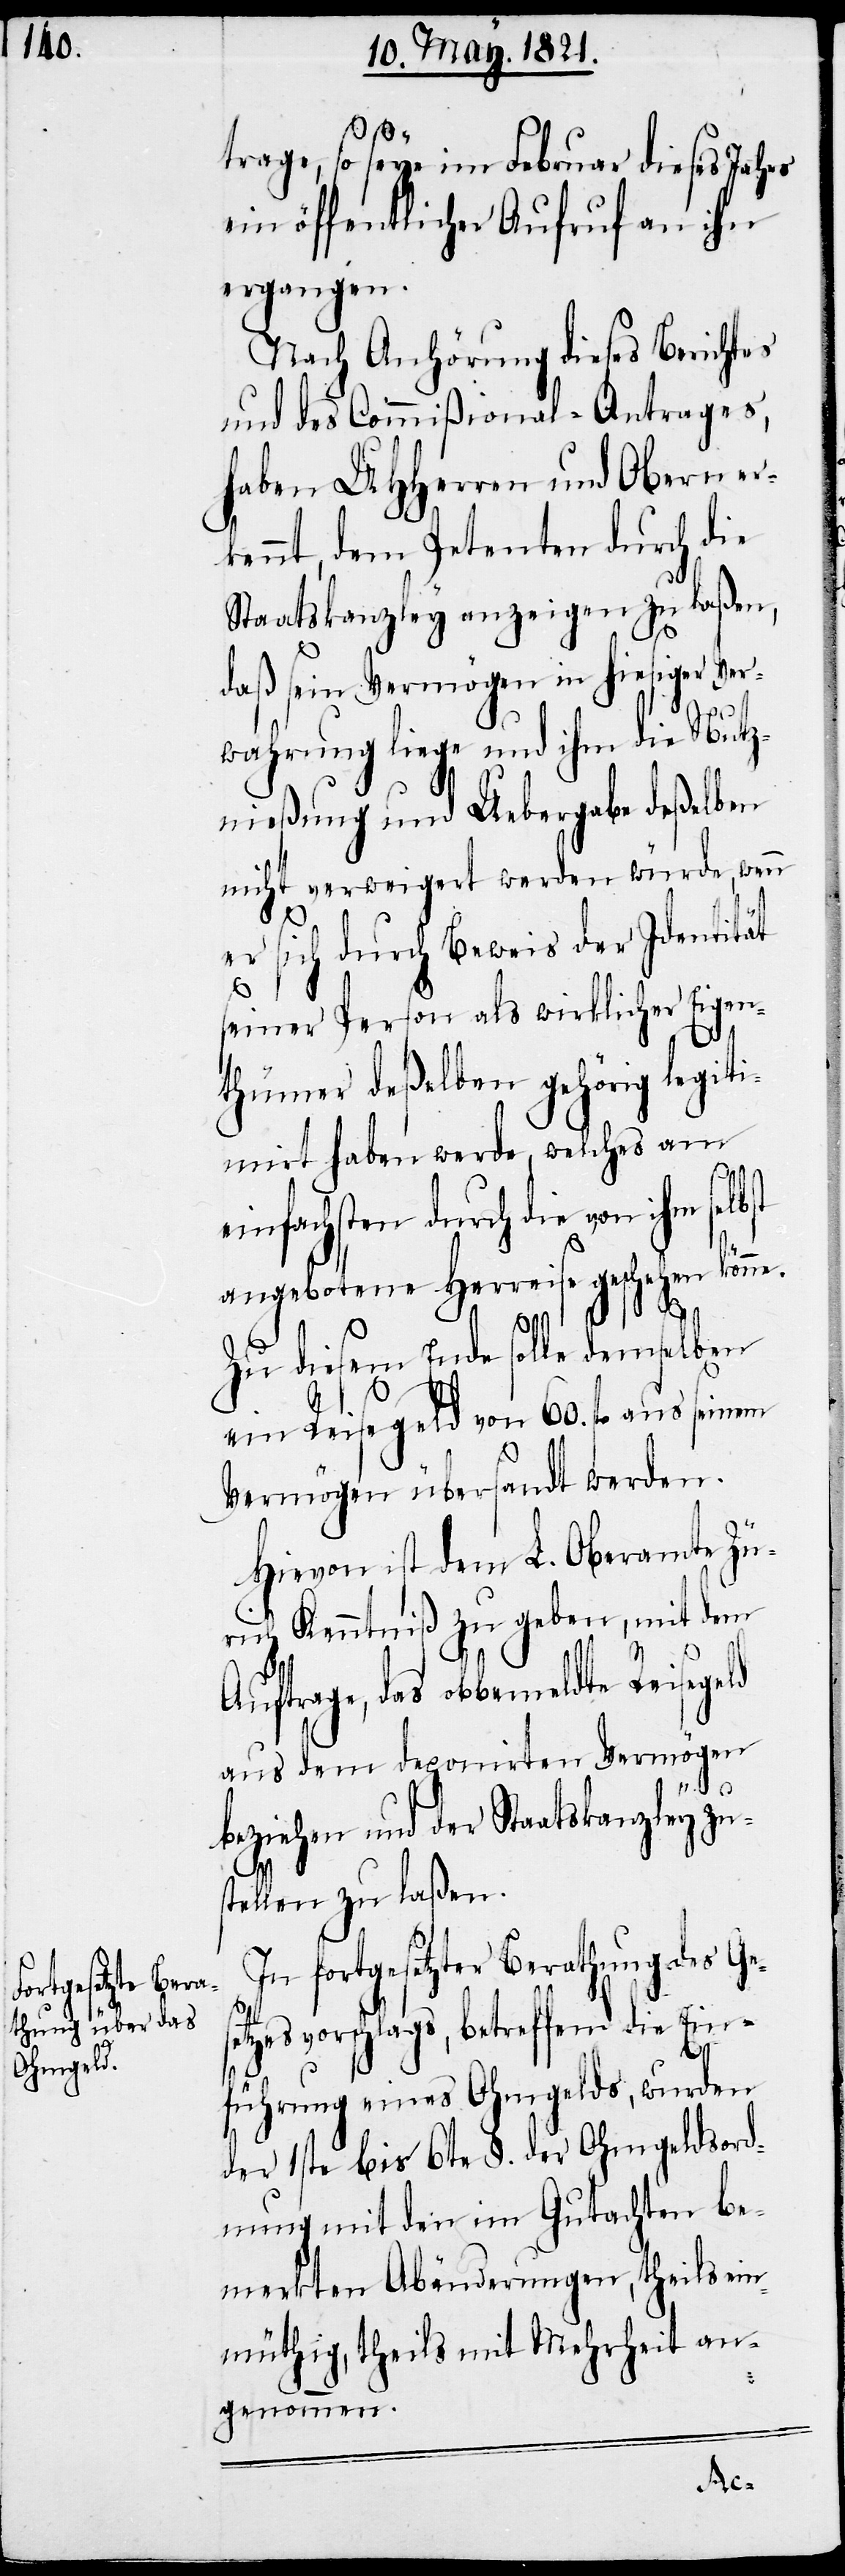
trage, so seye im Februar dieses Jahres
ein öffentlicher Aufruf an ihn
ergangen.
Nach Anhörung dieses Berichtes
und des Commißional-Antrages,
haben UHHerren und Obern er¬
kennt, dem Petenten durch die
Staatskanzley anzeigen zu laßen,
daß sein Vermögen in hiesiger Ver¬
wahrung liege und ihm die Nutz¬
nießung und Uebergabe deßelben
nicht verweigert werden würde, wenn
er sich durch Beweis der Identität
seiner Person als wirklicher Eigen¬
thümer deßelben gehörig legiti¬
mirt haben werde, welches am
einfachsten durch die von ihm sel¬
angebotene Herreise geschehen könne.
Zu diesem Ende solle demselben
ein Reisegeld von 60. fl. aus
Vermögen übersandt werden.
Hievon ist dem L. Oberamte Zü¬
rich Kenntniß zu geben, mit dem
Auftrage, das obbemeldte Reiseg¬
aus dem deponirten Vermögen
beziehen und der Staatskanzley zu¬
stellen zu laßen.
fortgesetzter Berathung des G¬
tzesvorschlags, betreffend die Ein¬
eld
führung eines Ohmgelds, wurden
der 1ste bis 6te §. der Ohmgeldsord¬
nung mit den im Gutachten be¬
merkten Abänderungen, theils ein¬
müthig, theils mit Mehrheit an¬
genommen.
ese¬